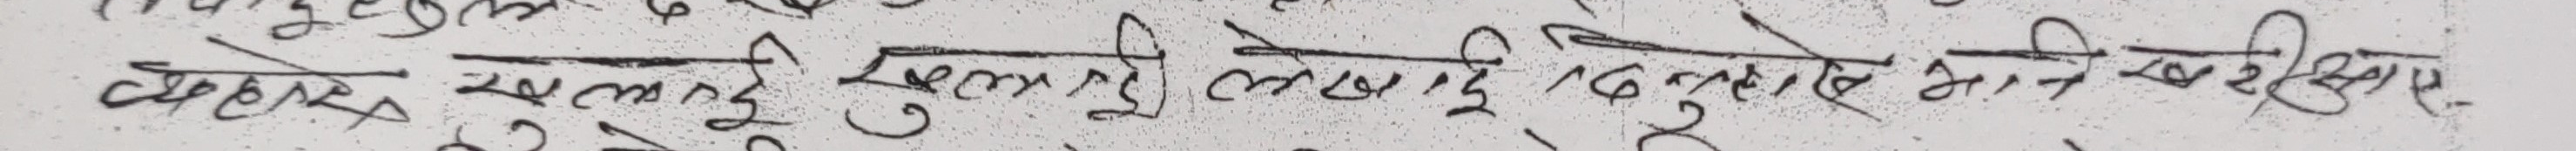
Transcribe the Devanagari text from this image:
चम्लेस चामल ५ सेर देखाई दुलाले अगेको खरिदाम-